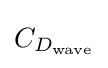
C_{D_{\text{wave}}}